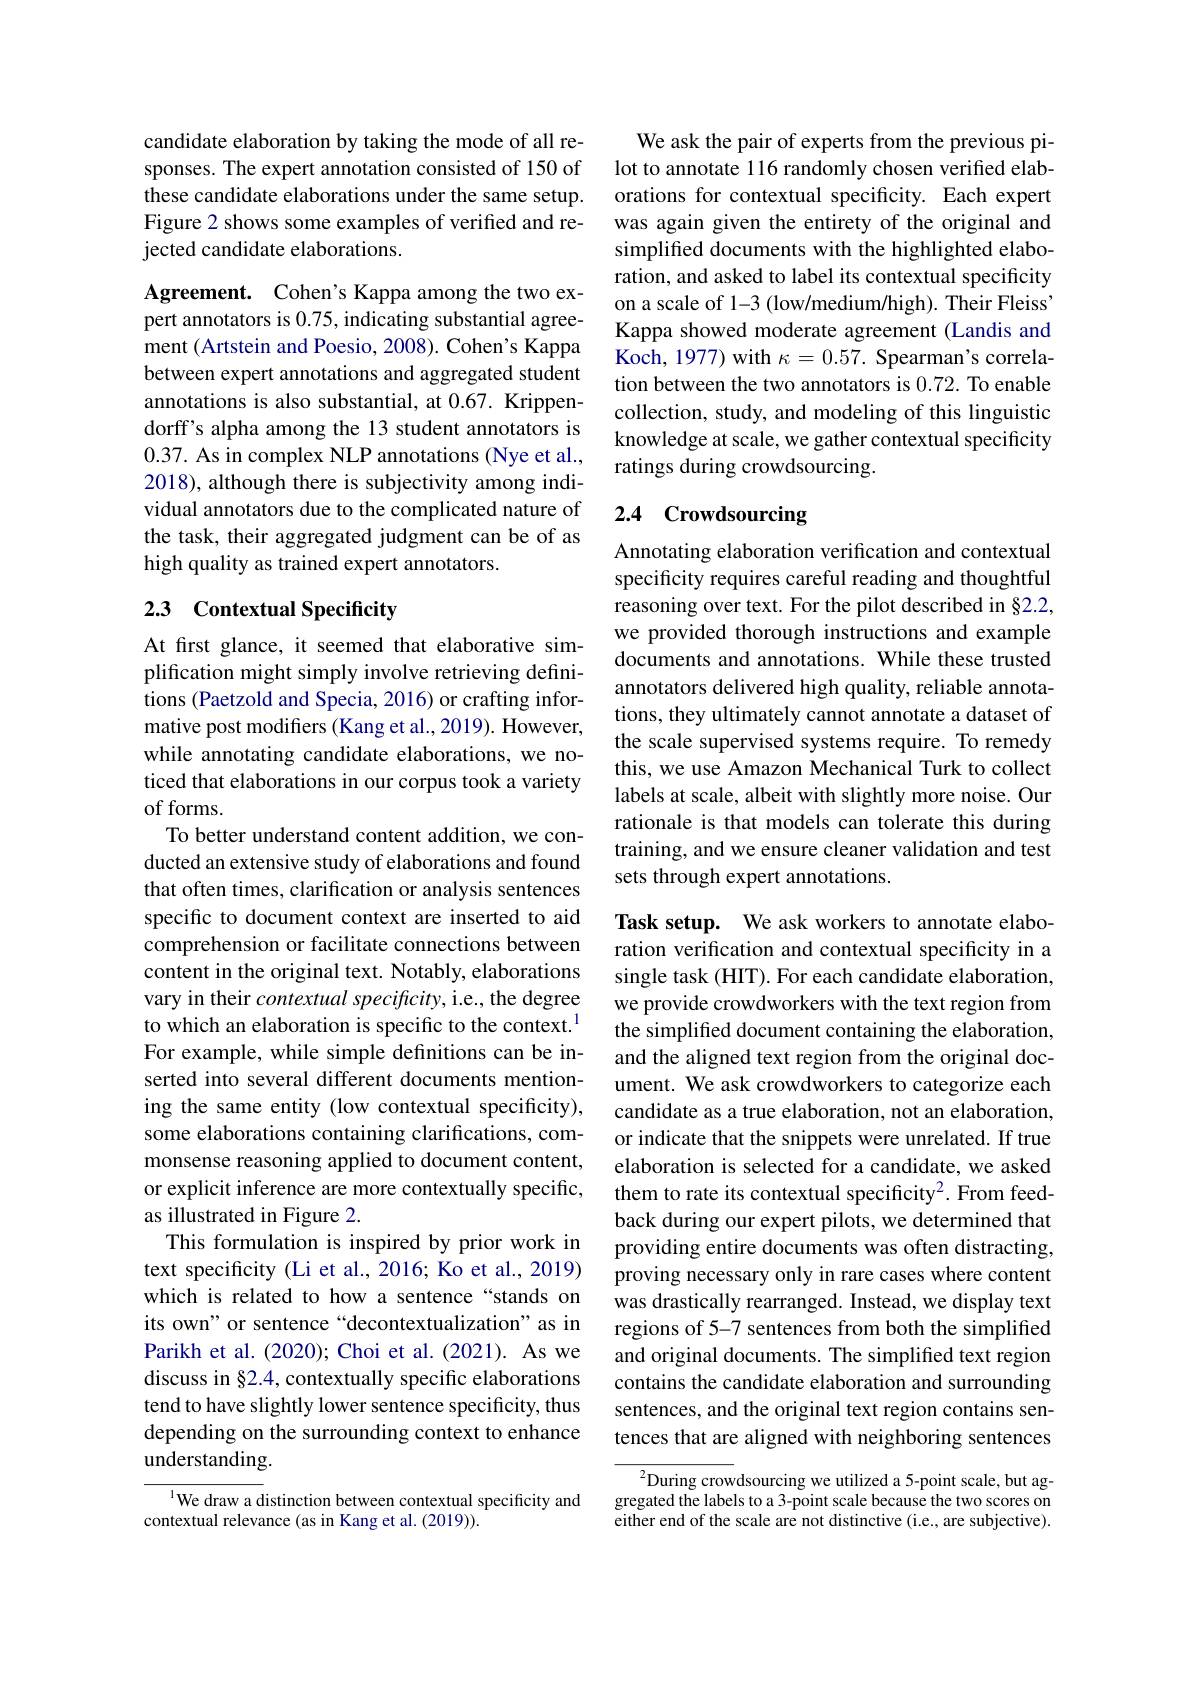
candidate elaboration by taking the mode of all responses. The expert annotation consisted of 150 of these candidate elaborations under the same setup. Figure 2 shows some examples of verified and rejected candidate elaborations.

Agreement. Cohen's Kappa among the two expert annotators is 0.75, indicating substantial agreement (Artstein and Poesio, 2008). Cohen's Kappa between expert annotations and aggregated student annotations is also substantial, at 0.67. Krippendorff's alpha among the 13 student annotators is 0.37. As in complex NLP annotations (Nye et al., 2018), although there is subjectivity among individual annotators due to the complicated nature of the task, their aggregated judgment can be of as high quality as trained expert annotators.

## 23 Contextual Specificity

At first glance, it seemed that elaborative simplification might simply involve retrieving definitions (Paetzold and Specia, 2016) or crafting informative post modifiers (Kang et al., 2019). However, while annotating candidate elaborations, we noticed that elaborations in our corpus took a variety of forms.
To better understand content addition, we conducted an extensive study of elaborations and found that often times, clarification or analysis sentences specific to document context are inserted to aid comprehension or facilitate connections between content in the original text. Notably, elaborations vary in their contextual specificity, i.e., the degree to which an elaboration is specific to the context.$^{1}$ For example, while simple defnitions can be inserted into several different documents mentioning the same entity (low contextual specificity), some elaborations containing clarifications, commonsense reasoning applied to document content, or explicit inference are more contextually specific, as illustrated in Figure 2.
This formulation is inspired by prior work in text specificity (Li et al., 2016; Ko et al., 2019) which is related to how a sentence “stands on its own" or sentence “decontextualization”as in Parikh et al. (2020); Choi et al.(2021). As we discuss in §2.4, contextually specific elaborations tend to have slightly lower sentence specificity, thus depending on the surrounding context to enhance understanding.
$^{1}$We draw a distinction between contextual specificity and

contextual relevance (as in Kang et al. (2019)).

We ask the pair of experts from the previous pilot to annotate 116 randomly chosen verified elaborations for contextual specificity. Each expert was again given the entirety of the original and simplifed documents with the highlighted elaboration, and asked to label its contextual specificity on a scale of 1-3 (low/medium/high). Their Fleiss' Kappa showed moderate agreement (Landis and Koch, 1977) with $\kappa=0.57.$ Spearman's correlation between the two annotators is 0.72. To enable collection, study, and modeling of this linguistic knowledge at scale, we gather contextual specificity ratings during crowdsourcing.

## 2.4 Crowdsourcing

Annotating elaboration verification and contextual specificity requires careful reading and thoughtful reasoning over text. For the pilot described in §2.2, we provided thorough instructions and example documents and annotations. While these trusted annotators delivered high quality, reliable annotations, they ultimately cannot annotate a dataset of the scale supervised systems require. To remedy this, we use Amazon Mechanical Turk to collect labels at scale, albeit with slightly more noise. Our rationale is that models can tolerate this during training, and we ensure cleaner validation and test sets through expert annotations.

Task setup. We ask workers to annotate elaboration verification and contextual specificity in a single task (HIT). For each candidate elaboration, we provide crowdworkers with the text region from the simplified document containing the elaboration, and the aligned text region from the original document. We ask crowdworkers to categorize each candidate as a true elaboration, not an elaboration, or indicate that the snippets were unrelated. If true elaboration is selected for a candidate, we asked them to rate its contextual specificity$^2.$ From feedback during our expert pilots, we determined that providing entire documents was often distracting, proving necessary only in rare cases where content was drastically rearranged. Instead, we display text regions of 5-7 sentences from both the simplified and original documents. The simplified text region contains the candidate elaboration and surrounding sentences, and the original text region contains sentences that are aligned with neighboring sentences

$^{2}$During crowdsourcing we utilized a 5-point scale, but aggregated the labels to a 3-point scale because the two scores on either end of the scale are not distinctive (i.e., are subjective).